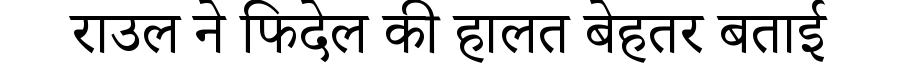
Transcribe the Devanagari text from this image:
राउल ने फिदेल की हालत बेहतर बताई